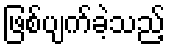
ဖြစ်ပျက်ခဲ့သည့်